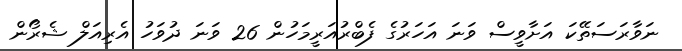
ނަވާރަސަތޭކަ އަށާވީސް ވަނަ އަހަރުގެ ފެބްރުއަރީމަހުން 26 ވަނަ ދުވަހު އެރިއަލް ޝެރޯން